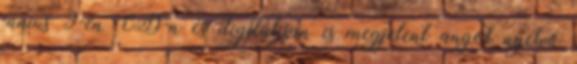
június 9-én CD-n és digitálisan is megjelent angol nyelvű